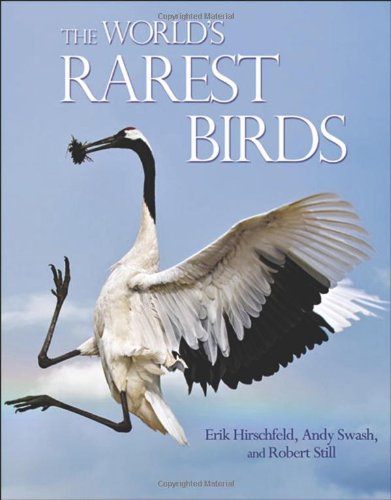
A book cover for The World's Rarest Birds (WILDGuides); Erik Hirschfeld; Science & Math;